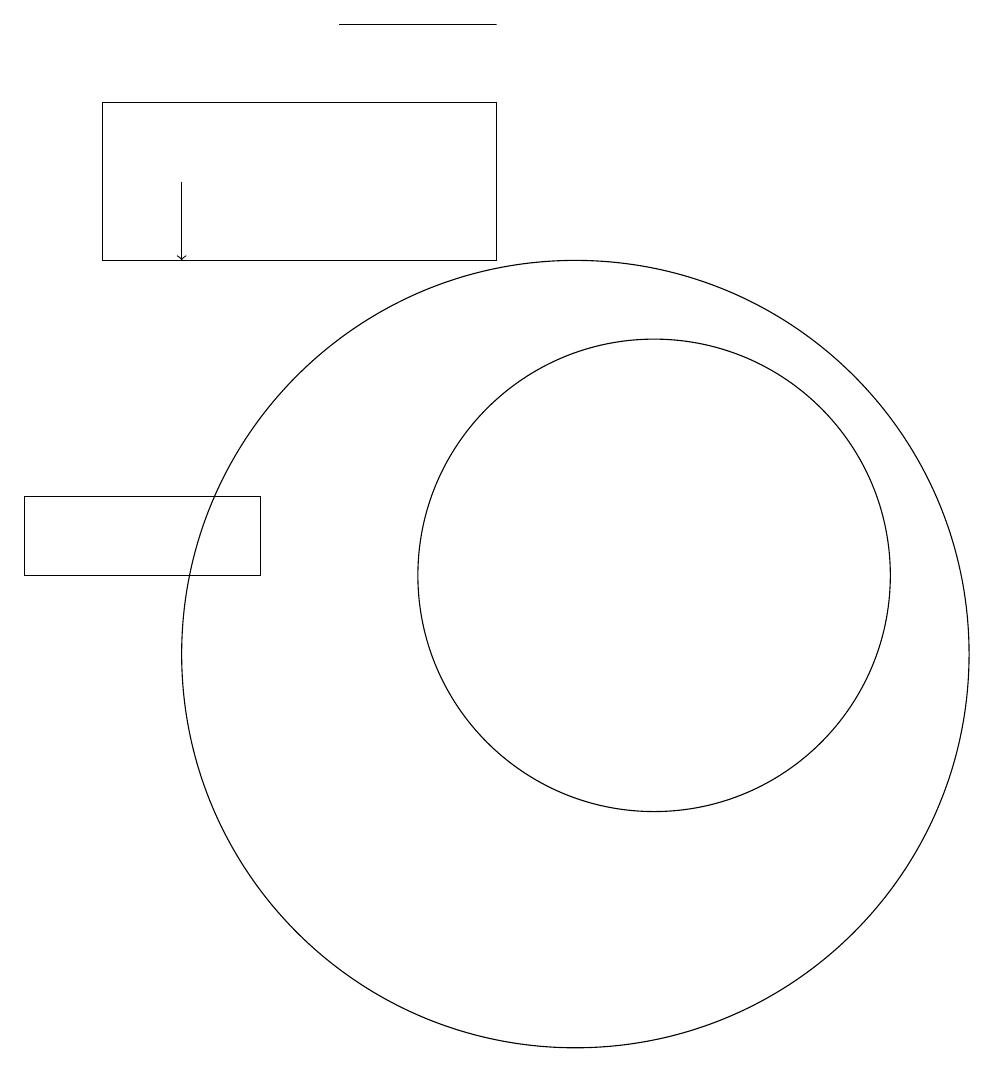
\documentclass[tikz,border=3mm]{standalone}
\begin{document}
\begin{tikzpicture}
\draw (10,10) circle (5);
\draw (11,11) circle (3);
\draw (4,17) rectangle (9,15);
\draw (7,18) rectangle (9,18);
\draw[->] (5,16) -- (5,15);
\draw (3,12) rectangle (6,11);
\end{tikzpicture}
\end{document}